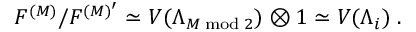
F ^ { ( M ) } / F ^ { ( M ) ^ { \prime } } \simeq V ( \Lambda _ { M \bmod 2 } ) \otimes 1 \simeq V ( \Lambda _ { i } ) \; .